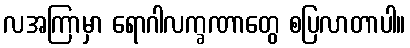
လအကြာမှာ ရောဂါလက္ခဏာတွေ စပြလာတာပါ။